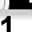
Digit: 1